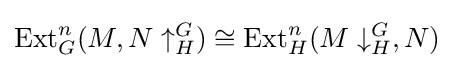
\operatorname {Ext} _{G}^{n}(M,N\uparrow _{H}^{G})\cong \operatorname {Ext} _{H}^{n}(M\downarrow _{H}^{G},N)